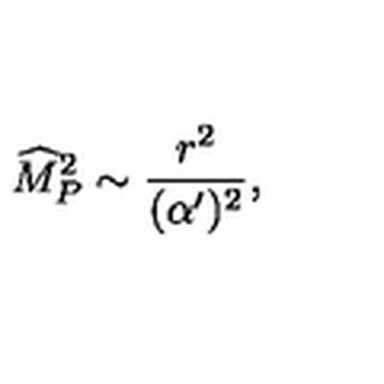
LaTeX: { \widehat M } _ { P } ^ { 2 } \sim { \frac { r ^ { 2 } } { ( \alpha ^ { \prime } ) ^ { 2 } } } ,